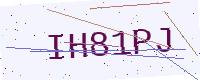
Text: IH81PJ